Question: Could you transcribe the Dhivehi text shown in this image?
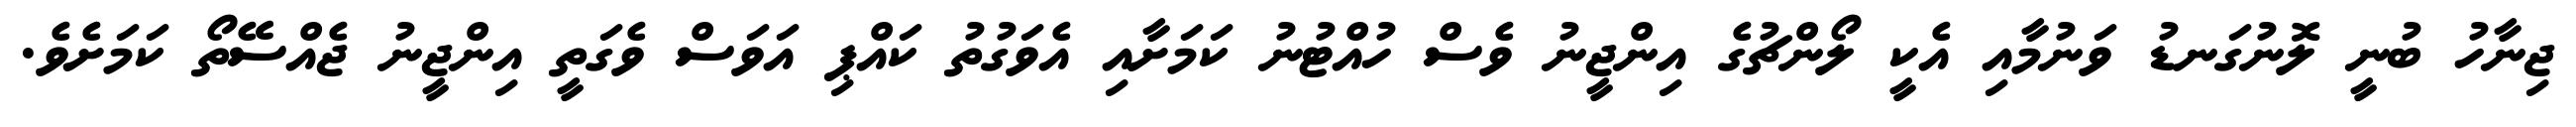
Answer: ޖިނާހު ބުނީ ލޮނުގަނޑު ވަނުމާއި އެކީ ލޯންޗުގެ އިންޖީނު ވެސް ހުއްޓުނު ކަމަށާއި އެވަގުތު ކައްޕި އަވަސް ވެގަތީ އިންޖީނު ޖެއްސޭތޯ ކަމަށެވެ.